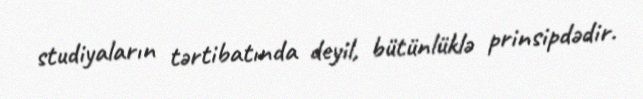
studiyaların tərtibatında deyil, bütünlüklə prinsipdədir.